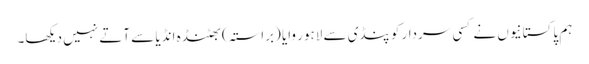
ہم پاکستانیوں نے کسی سردار کو پنڈی سے لاہور وایا (براستہ) بھٹنڈہ انڈیا سے آتے نہیں دیکھا۔